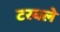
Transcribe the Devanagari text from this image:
टरवले